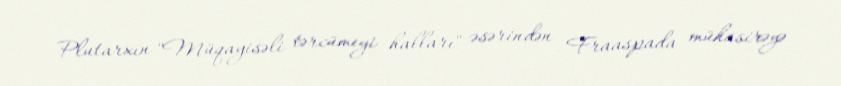
Plutarxın "Müqayisəli tərcümeyi halları" əsərindən -Fraaspada mühasirəyə